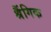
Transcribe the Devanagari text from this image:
श्रैंगिक